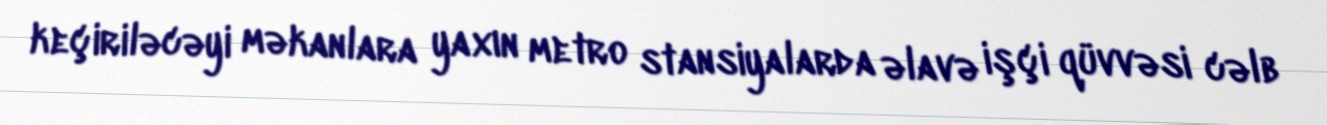
keçiriləcəyi məkanlara yaxın metro stansiyalarda əlavə işçi qüvvəsi cəlb